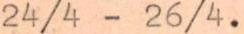
24/4 - 26/4.